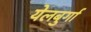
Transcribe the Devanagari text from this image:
येलबुर्गा